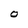
Character: O